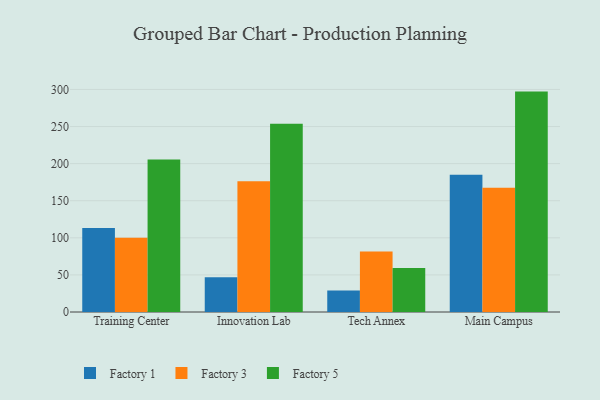
{"axis": {"x": "Campus", "y": "Customer Acquisition Cost (USD)"}, "legend": ["Factory 1", "Factory 3", "Factory 5"], "data": [{"x": "Training Center", "y": 113.2, "type": "Factory 1"}, {"x": "Training Center", "y": 100.0, "type": "Factory 3"}, {"x": "Training Center", "y": 205.7, "type": "Factory 5"}, {"x": "Innovation Lab", "y": 46.8, "type": "Factory 1"}, {"x": "Innovation Lab", "y": 176.1, "type": "Factory 3"}, {"x": "Innovation Lab", "y": 253.8, "type": "Factory 5"}, {"x": "Tech Annex", "y": 28.9, "type": "Factory 1"}, {"x": "Tech Annex", "y": 81.4, "type": "Factory 3"}, {"x": "Tech Annex", "y": 59.3, "type": "Factory 5"}, {"x": "Main Campus", "y": 184.9, "type": "Factory 1"}, {"x": "Main Campus", "y": 167.4, "type": "Factory 3"}, {"x": "Main Campus", "y": 297.1, "type": "Factory 5"}]}